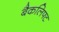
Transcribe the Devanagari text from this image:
बैकलिफ्ट